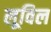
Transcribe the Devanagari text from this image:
लूविल